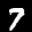
Label: 7